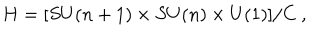
LaTeX: H = [ S U ( n + 1 ) \times S U ( n ) \times U ( 1 ) ] / C \ ,